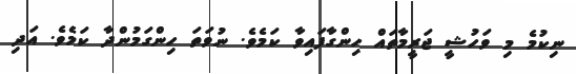
ނިކުމެ މި ވަހުޝީ ޖަރީމާތައް ހިންގާފައިވާ ކަމެވެ. ނުވަތަ ހިންގަމުންދާ ކަމެވެ. އަދި